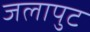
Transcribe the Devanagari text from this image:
जलापुट